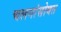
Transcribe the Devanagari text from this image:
चलनांसोबत